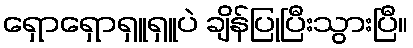
ရှောရှောရှူရှူပဲ ချိန်ပြုပြီးသွားပြီ။